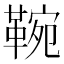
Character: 䩩